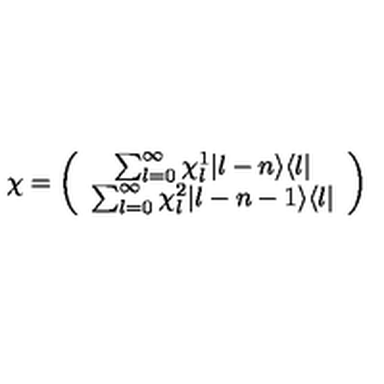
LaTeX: \chi = \left( \begin{array} { c } { \sum _ { l = 0 } ^ { \infty } \chi _ { l } ^ { 1 } | l - n \rangle \langle l | } \\ { \sum _ { l = 0 } ^ { \infty } \chi _ { l } ^ { 2 } | l - n - 1 \rangle \langle l | } \\ \end{array} \right)